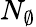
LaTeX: N_{\emptyset}